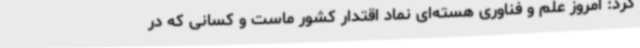
کرد: امروز علم و فناوری هسته‌ای نماد اقتدار کشور ماست و کسانی که در